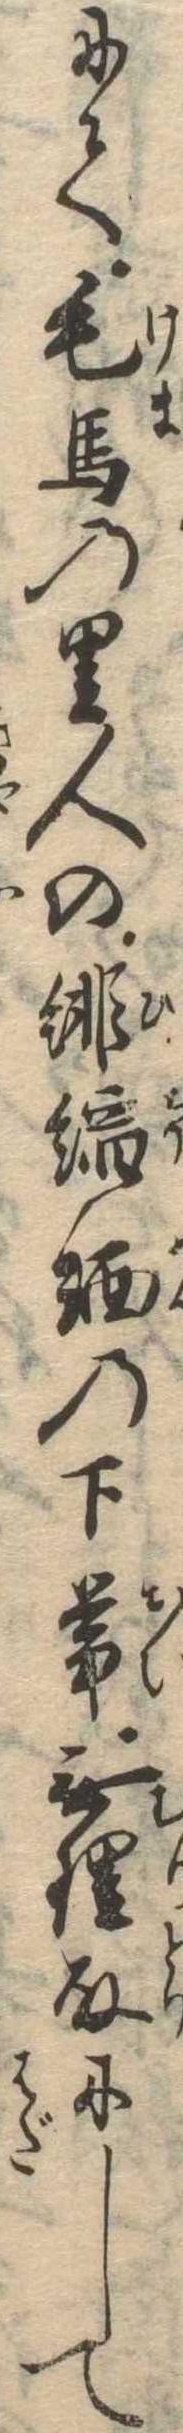
にて毛馬の里人の緋縮緬の下帯無理取にして